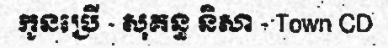
កូនប្រើ - សុគន្ធ និសា - Town CD